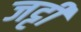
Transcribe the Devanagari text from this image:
जट्टी